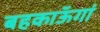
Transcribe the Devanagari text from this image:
बहकाऊॅगां